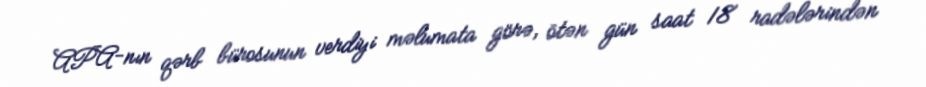
APA-nın qərb bürosunun verdiyi məlumata görə, ötən gün saat 18 radələrindən